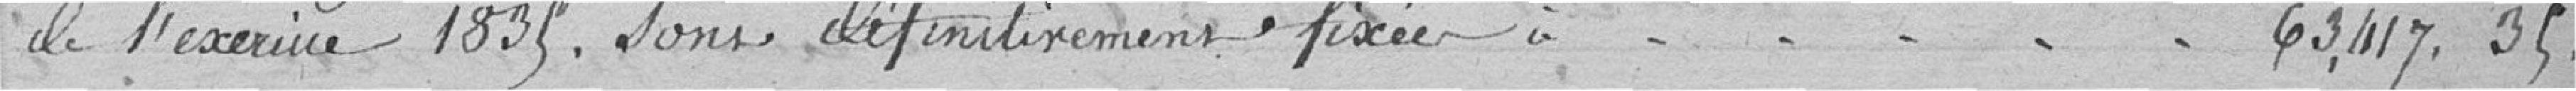
de l'exercice 1835, sont définitivement fixée à 63 417,34.